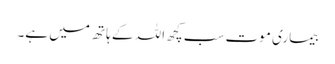
بیماری موت سب کچھ اللہ کے ہاتھ میں ہے۔